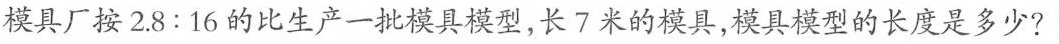
模具厂按2.8:16的比生产一批模具模型，长7米的模具，模具模型的长度是多少?